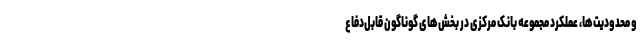
و محدودیت‌ها، عملکرد مجموعه بانک مرکزی در بخش‌های گوناگون قابل‌دفاع